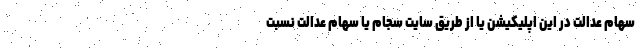
سهام عدالت در این اپلیکیشن یا از طریق سایت سجام یا سهام عدالت نسبت